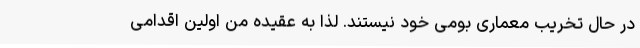
در حال تخریب معماری بومی خود نیستند. لذا به عقیده من اولین اقدامی